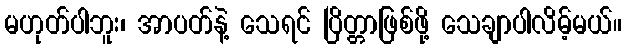
မဟုတ်ပါဘူး၊ အာပတ်နဲ့ သေရင် ပြိတ္တာဖြစ်ဖို့ သေချာပါလိမ့်မယ်။